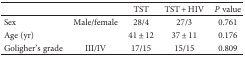
|  |  | TST | TST + HIV | P value |
 | --- | --- | --- | --- | --- |
 | Sex | Male/female | 28/4 | 27/3 | 0.761 |
 | Age (yr) |  | 41 ± 12 | 37 ± 11 | 0.176 |
 | Goligher's grade | III/IV | 17/15 | 15/15 | 0.809 |